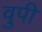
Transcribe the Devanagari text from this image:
वुपी